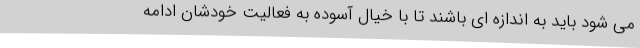
می شود باید به اندازه ای باشند تا با خیال آسوده به فعالیت خودشان ادامه